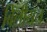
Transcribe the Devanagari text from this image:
बिलीयन